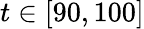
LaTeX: t\in[90,100]